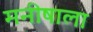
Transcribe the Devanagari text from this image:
मनीषाला